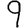
Digit: 9